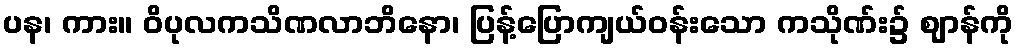
ပန၊ ကား။ ဝိပုလကသိဏလာဘိနော၊ ပြန့်ပြောကျယ်ဝန်းသော ကသိုဏ်း၌ ဈာန်ကို